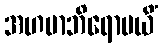
အဟမာဘိရောပယိံ